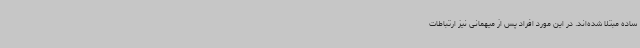
ساده مبتلا شده‌اند. در این مورد افراد پس از میهمانی نیز ارتباطات